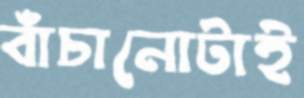
বাঁচানোটাই